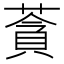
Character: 𦹳